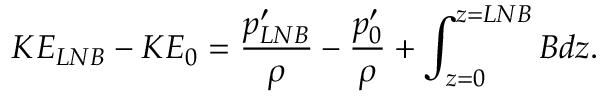
K E _ { L N B } - K E _ { 0 } = \frac { p _ { L N B } ^ { \prime } } { \rho } - \frac { p _ { 0 } ^ { \prime } } { \rho } + \int _ { z = 0 } ^ { z = L N B } B d z .